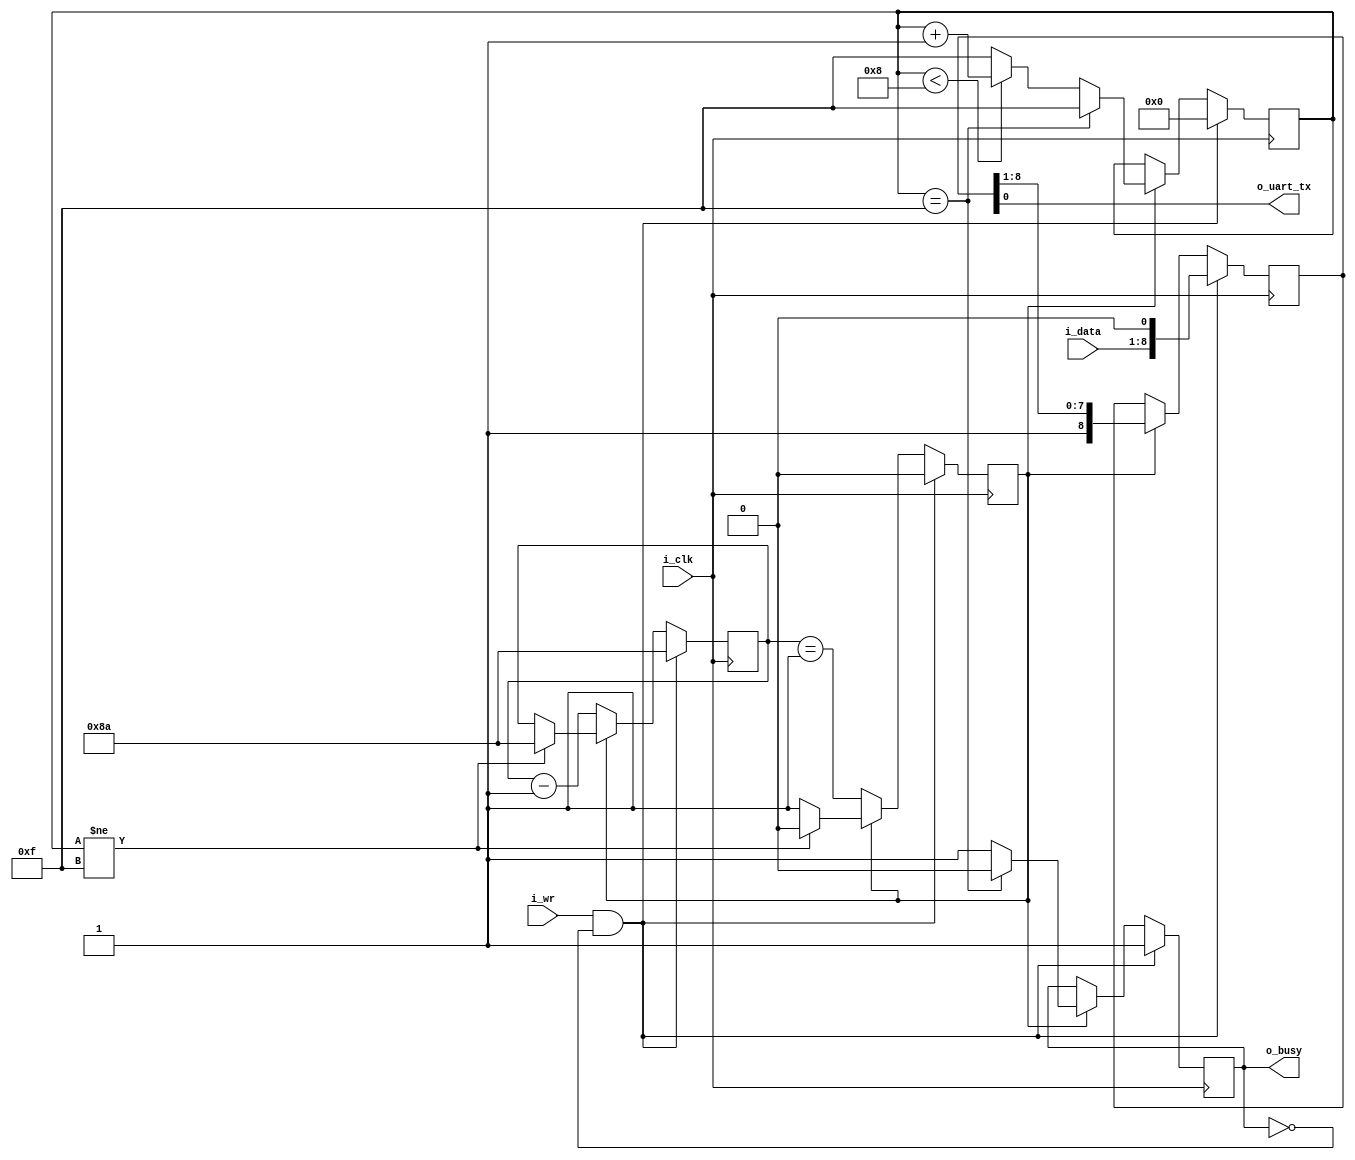
`default_nettype    none

module txuart(
    input wire i_clk,

    input wire i_wr,
    input wire [7:0] i_data,

    output reg o_busy,
    output wire o_uart_tx
);
    // 115200 @16 MHz
    parameter   [23:0]  CLOCKS_PER_BAUD = 24'd139;
    reg         [23:0]  counter;
    reg         [3:0]   state;

    reg                 baud_stb;

    reg         [8:0]   lcl_data;

    localparam  [3:0]   START = 4'h0,
        BIT_ZERO              = 4'h1,
        BIT_ONE               = 4'h2,
        BIT_TWO               = 4'h3,
        BIT_THREE             = 4'h4,
        BIT_FOUR              = 4'h5,
        BIT_FIVE              = 4'h6,
        BIT_SIX               = 4'h7,
        BIT_SEVEN             = 4'h8,
        LAST                  = 4'h8,
        IDLE                  = 4'hF;

    initial o_busy = 1'b0;
    initial state = IDLE;
    always @(posedge i_clk)
    if ((i_wr) && (!o_busy))
        { o_busy, state } <= { 1'b1, START };
    else if (baud_stb) begin
        if (state == IDLE)
            { o_busy, state } <= { 1'b0, IDLE };
        else if (state < LAST) begin
            o_busy <= 1'b1;
            state <= state + 1'b1;
        end else
            { o_busy, state } <= { 1'b1, IDLE };
    end

    initial lcl_data = 9'h1FF;
    always @(posedge i_clk)
    if ((i_wr) && (!o_busy))
        lcl_data <= { i_data, 1'b0 };
    else if (baud_stb)
        lcl_data <= { 1'b1, lcl_data[8:1] };

    assign o_uart_tx = lcl_data[0];

    initial baud_stb = 1'b1;
    initial counter = 0;
    always @(posedge i_clk) begin
        if ((i_wr) && (!o_busy)) begin
            counter <= CLOCKS_PER_BAUD - 1'b1;
            baud_stb <= 1'b0;
        end else if (!baud_stb) begin
            baud_stb <= (counter == 24'h01);
            counter <= counter - 1'b1;
        end else if (state != IDLE) begin
            counter <= CLOCKS_PER_BAUD - 1'b1;
            baud_stb <= 1'b0;
        end
    end

`ifdef	FORMAL

`ifdef	TXUART
`define	ASSUME	assume
`else
`define	ASSUME	assert
`endif

	// Setup

	reg	f_past_valid;

	initial	f_past_valid = 1'b0;
	always @(posedge i_clk)
		f_past_valid <= 1'b1;

	// Any outstanding request that was busy on the last cycle,
	// should remain busy on this cycle
	initial	`ASSUME(!i_wr);
	always @(posedge i_clk)
		if ((f_past_valid)&&($past(i_wr))&&($past(o_busy)))
		begin
			`ASSUME(i_wr   == $past(i_wr));
			`ASSUME(i_data == $past(i_data));
		end

	//////////////////////////////////
	//
	// The contract
	//
	//////////////////////////////////

	reg	[7:0]	fv_data;
	always @(posedge i_clk)
	if ((i_wr)&&(!o_busy))
		fv_data <= i_data;

	always @(posedge i_clk)
	case(state)
	IDLE:		assert(o_uart_tx == 1'b1);
	START:		assert(o_uart_tx == 1'b0);
	BIT_ZERO:	assert(o_uart_tx == fv_data[0]);
	BIT_ONE:	assert(o_uart_tx == fv_data[1]);
	BIT_TWO:	assert(o_uart_tx == fv_data[2]);
	BIT_THREE:	assert(o_uart_tx == fv_data[3]);
	BIT_FOUR:	assert(o_uart_tx == fv_data[4]);
	BIT_FIVE:	assert(o_uart_tx == fv_data[5]);
	BIT_SIX:	assert(o_uart_tx == fv_data[6]);
	BIT_SEVEN:	assert(o_uart_tx == fv_data[7]);
	9 : assert(0);
    10 : assert(0);
    11 : assert(0);
    12 : assert(0);
    13 : assert(0);
    14 : assert(0);
	endcase

	//////////////////////////////////
	//
	// Internal state checks
	//
	//////////////////////////////////
    always @(*)
    case(state)
    IDLE:		assert(lcl_data == 9'h1FF);
	START:		assert(lcl_data == {fv_data[7:0], 1'b0});
	BIT_ZERO:	assert(lcl_data == {1'b1, fv_data[7:0]});
	BIT_ONE:	assert(lcl_data == {2'b11, fv_data[7:1]});
	BIT_TWO:	assert(lcl_data == {3'b111, fv_data[7:2]});
	BIT_THREE:	assert(lcl_data == {4'b1111, fv_data[7:3]});
	BIT_FOUR:	assert(lcl_data == {5'b11111, fv_data[7:4]});
	BIT_FIVE:	assert(lcl_data == {6'b111111, fv_data[7:5]});
	BIT_SIX:	assert(lcl_data == {7'b1111111, fv_data[7:6]});
	BIT_SEVEN:	assert(lcl_data == {8'b11111111, fv_data[7:7]});
    9 : assert(0);
    10 : assert(0);
    11 : assert(0);
    12 : assert(0);
    13 : assert(0);
    14 : assert(0);
    endcase

	//
	// Check the baud counter
	//

	// The baud_stb needs to be identical to our counter being zero
	always @(posedge i_clk)
		assert(baud_stb == (counter == 0));


	always @(posedge i_clk)
	if ((f_past_valid)&&($past(counter != 0)))
		assert(counter == $past(counter - 1'b1));

	always @(posedge i_clk)
		assert(counter < CLOCKS_PER_BAUD);

	always @(posedge i_clk)
	if (!baud_stb)
		assert(o_busy);

    always @(posedge i_clk)
	if (state != IDLE)
		assert(o_busy);

`endif	// FORMAL
endmodule